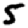
Digit: 5